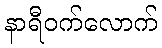
နာရီဝက်လောက်